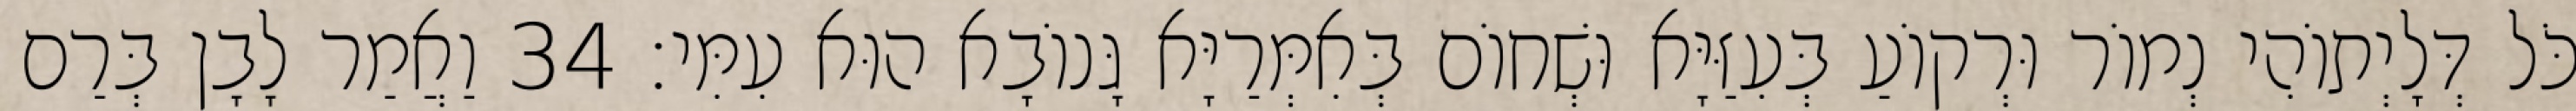
כֹּל דְּלָיְתוֹהִי נְמוֹר וּרְקוֹעַ בְּעִזַּיָּא וּשְׁחוֹם בְּאִמְּרַיָּא גָּנוֹבָא הוּא עִמִּי׃ 34 וַאֲמַר לָבָן בְּרַם